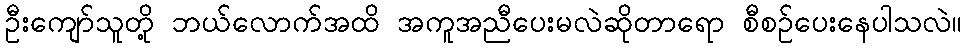
ဦးကျော်သူတို့ ဘယ်လောက်အထိ အကူအညီပေးမလဲဆိုတာရော စီစဉ်ပေးနေပါသလဲ။